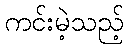
ကင်းမဲ့သည့်